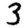
Digit: 3